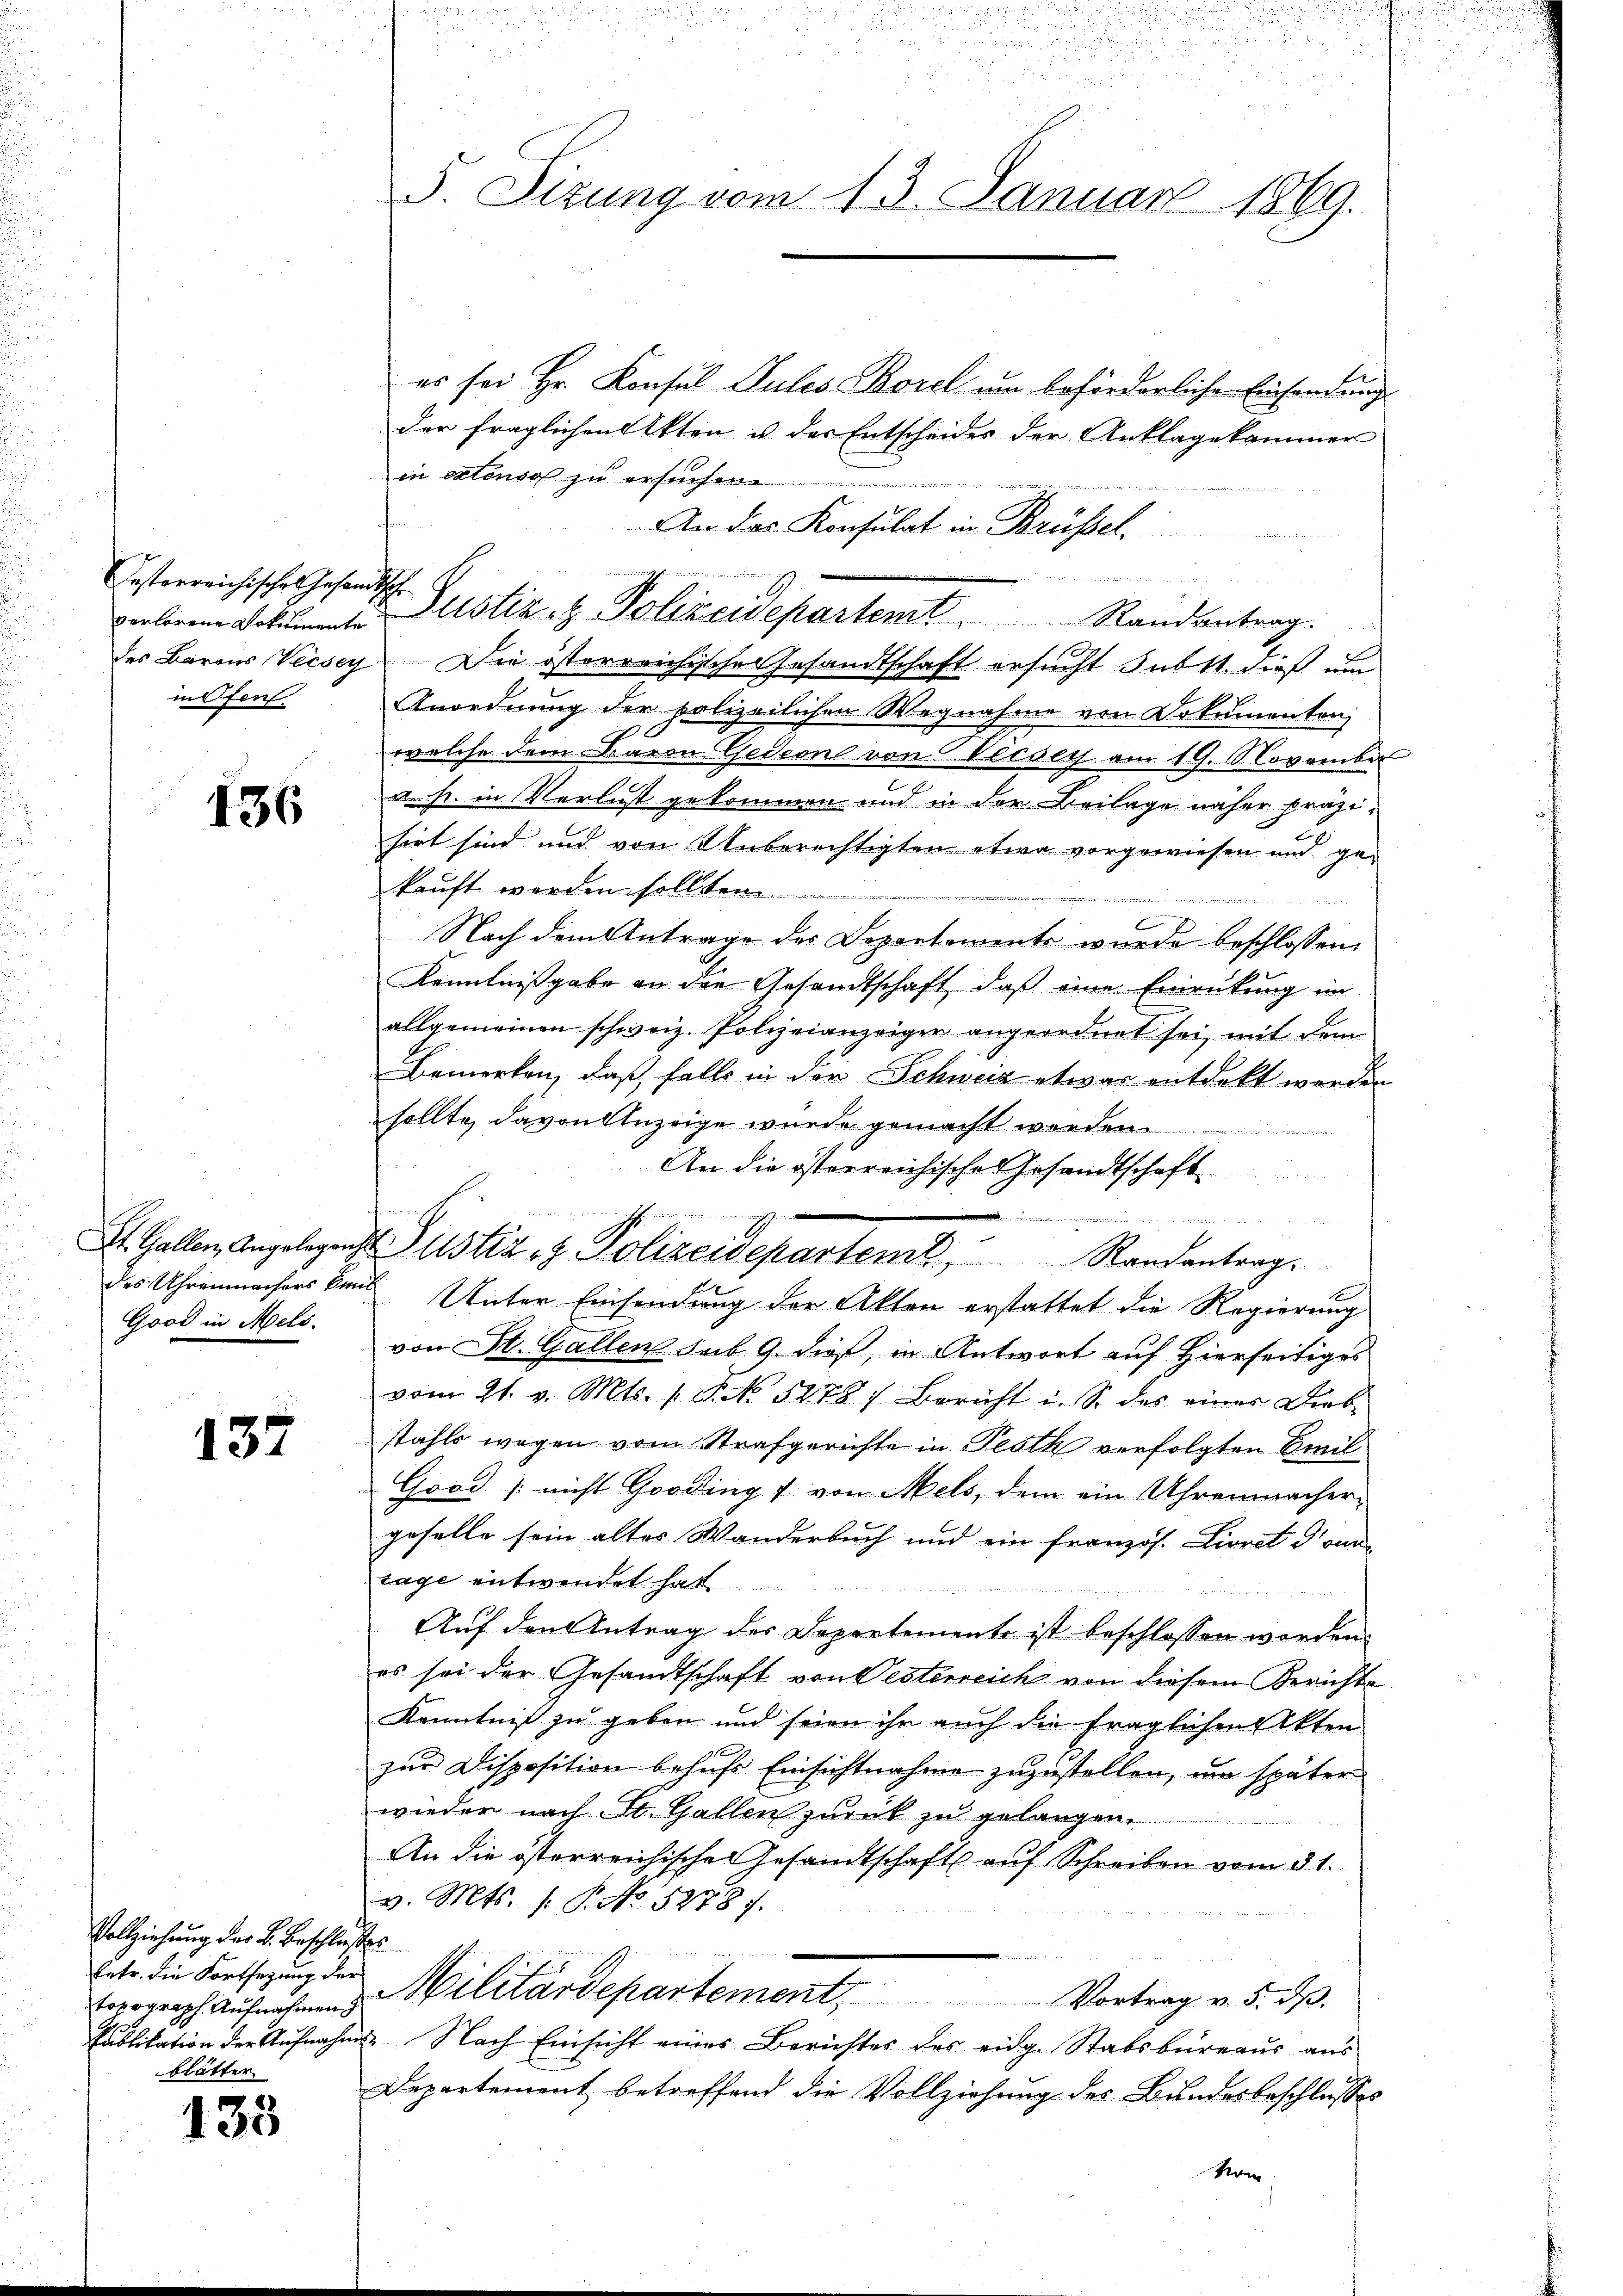
Jesterreichische Gesandtschr
verlorene Dokumente
inefen

136

Good in Mels.

137

Vollziehung der L. Beschlusses
topograph Aufnahmen
blätter

133

8
5. Sizung vom 13. Januar 1869.

es sei Hr. Konsul Pules Borel um beförderlichen Einsendung
der fraglichen Akten u der Entscheides der Anklagekammer
in extenso zu ersehen
An das Konsulat in Brüssel
s
des Barons Vecsey. Die österreichische Gesandtschaft ersucht subst dieß um
Anordnung der polizeilichen Wegnahme von Dokumenten,
welche dem Baron Gedeon von Versers am 19. November
a. s. in Verlust gekommen und in der Beilage näher präzi-
sirt sind und von Unberechtigten etwa vorgewiesen und gekauft werden sollten
A
Nach dem Antrage des Departemente wurde beschlossen:
Kenntnißgabe an den Gesandtschaft, daß eine Einrückung im
allgemeinen schweiz. Polizeianzeiger angeordnet sei, mit dem
Bemerken, daß falls in der Schweiz etwas entdekt werden
sollte, davon Anzeige wurde gemacht werden.
An die österreichische Gesandtschaft
u
St. Gallen, Angelegens Justiz- & Polizeidepartem Randantrag.
des Uhrenmachers kan Unter Einsendung der Akten erstattet die Regierung
von St. Gallen sub. 9. dieß, in Antwort auf Hierseitiges
vom 21. v. Mts. 1 S. No. 5278) Bericht i. S. des eines Dieb-
stahls wegen vom Strafgerichte in Pesth verfolgten Emil
Good [nicht Gooding 1 von Mels, dem ein Uhrenmacher-
geselle sein altes Wanderbuch und ein französ. Livret drun
tage entwendet hatt

Auf den Antrag des Departemente ist beschlossen werden.
es sei der Gesandtschaft von Oesterreich von diesem Gerichte
Kenntniß zu geben und seien ihr auch die fraglichen Akten
zur Disposition behufs Einsichtnahme zuzustellen, um später
wieder nach St. Gallen zurück zu gelangen.
An die österreichische Gesandtschaft auf Schreiben vom 31.
v. Mts. s. S. No. 52787.
Enter die Fortsetzung der Militärdepartement
Vortrag v. 5. dß.
Publikation der Aufnahm. Nach Einsicht eines Berichtes des eidg. Stabsbureaus aus
Departement betreffend die Vollziehung des Bundesbeschlusses
Nom

iiren eine wende ei
n
Justiz- & Polizeidepartemt Randantrag.

9